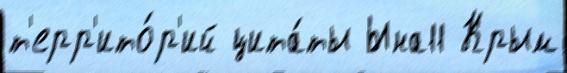
т'ерр'ито́р'ий цита́ты Ына11 Крым